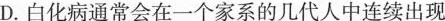
D.白化病通常会在一个家系的几代人中连续出现